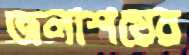
জলাশয়ের